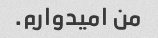
من امیدوارم.